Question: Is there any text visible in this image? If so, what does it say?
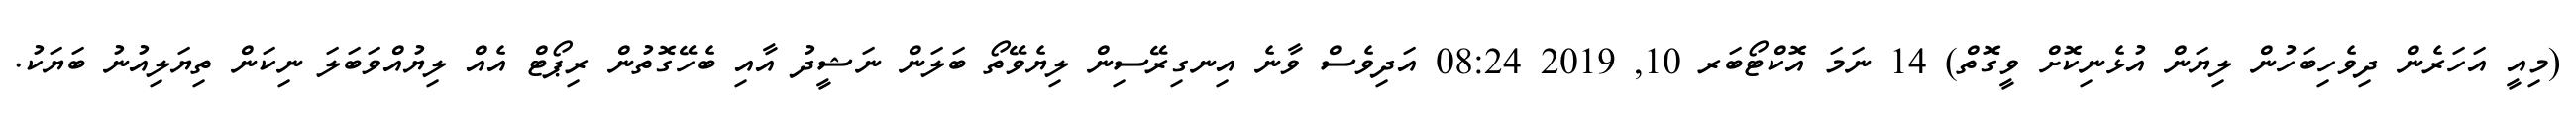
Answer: (މިއީ އަހަރެން ދިވެހިބަހުން ލިޔަން އުޅެނިކޮށް ވީގޮތް) 14 ނަމަ އޮކްޓޯބަރ 10, 2019 08:24 އަދިވެސް ވާނެ އިނގިރޭސިން ލިޔެވޭތޯ ބަލަން ނަޝީދު އާއި ބެހޭގޮތުން ރިޕޯޓް އެއް ލިޔުއްވަބަލަ ނިކަން ތިޔަލިއުނު ބަޔަކު.